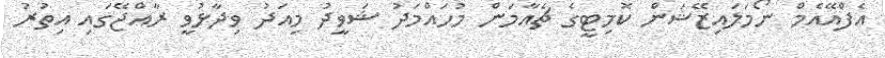
އެފްއޭއެމް ނޯމަލައިޒޭޝަން ކޮމިޓީގެ ޗެއާމަން މުހައްމަދު ޝަވީދު މިއަދު ވިދާޅުވީ ރާއްޖޭގައި އިތުރު